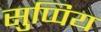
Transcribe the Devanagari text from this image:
सुप्पिय